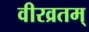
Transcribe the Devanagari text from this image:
वीरव्रतम्‌